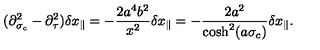
( \partial _ { \sigma _ { c } } ^ { 2 } - \partial _ { \tau } ^ { 2 } ) \delta x _ { \parallel } = - \frac { 2 a ^ { 4 } b ^ { 2 } } { x ^ { 2 } } \delta x _ { \parallel } = - \frac { 2 a ^ { 2 } } { \cosh ^ { 2 } ( a \sigma _ { c } ) } \delta x _ { \parallel } .